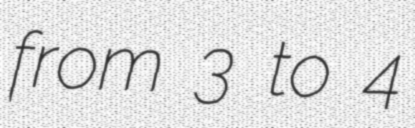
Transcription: from 3 to 4